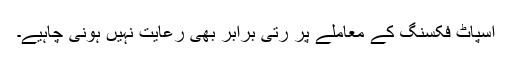
اسپاٹ فکسنگ کے معاملے پر رتی برابر بھی رعایت نہیں ہونی چاہیے۔